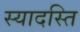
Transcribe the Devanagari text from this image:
स्यादस्ति